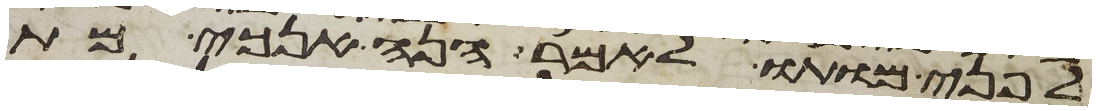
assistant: לפני מותו לאמר הנה אנכי מת